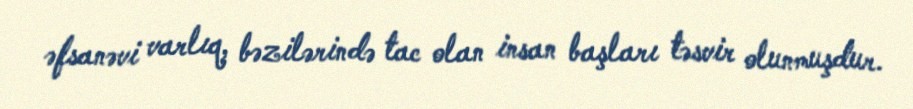
əfsanəvi varlıq, bəzilərində tac olan insan başları təsvir olunmuşdur.